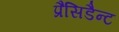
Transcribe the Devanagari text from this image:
प्रैसिडैन्ट